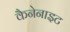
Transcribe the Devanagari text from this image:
कैनेनाइट